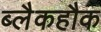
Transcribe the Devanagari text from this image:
ब्लैकहौक